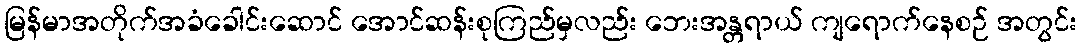
မြန်မာအတိုက်အခံခေါင်းဆောင် အောင်ဆန်းစုကြည်မှလည်း ဘေးအန္တရာယ် ကျရောက်နေစဉ် အတွင်း